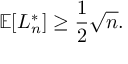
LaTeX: \mathbb { E } [ L _ { n } ^ { * } ] \geq { \frac { 1 } { 2 } } { \sqrt { n } } .